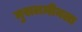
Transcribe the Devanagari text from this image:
मुसलमीनला